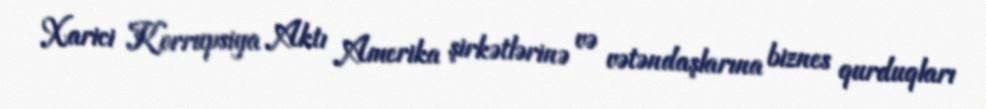
Xarici Korrupsiya Aktı Amerika şirkətlərinə və vətəndaşlarına biznes qurduqları